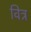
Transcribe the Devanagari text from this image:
वित्र